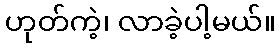
ဟုတ်ကဲ့၊ လာခဲ့ပါ့မယ်။